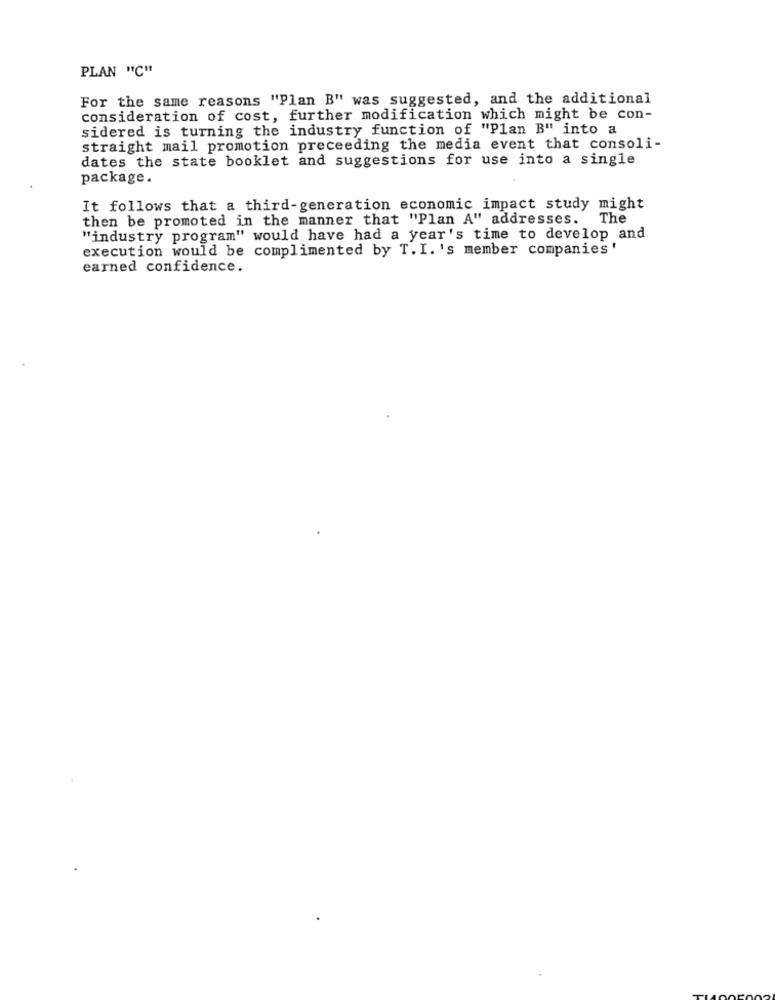
PLAN "C"
For the same reasons "Plan B" was suggested, and the additional
consideration of cost, further modification which might be con-
sidered is turning the industry function of "Plan B" into a
straight mail promotion preceeding the media event that consoli-
dates the state booklet and suggestions for use into a single
package.
It follows that a third-generation economic impact study might
then be promoted in the manner that "Plan A" addresses. The
"industry program" would have had a year's time to develop and
execution would be complimented by T. I. 's member companies'
earned confidence.